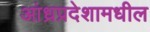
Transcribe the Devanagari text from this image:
आंध्रप्रदेशामधील